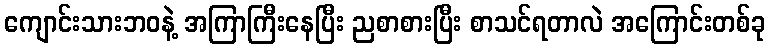
ကျောင်းသားဘဝနဲ့ အကြာကြီးနေပြီး ညစာစားပြီး စာသင်ရတာလဲ အကြောင်းတစ်ခု